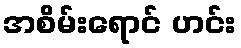
အစိမ်းရောင် ဟင်း